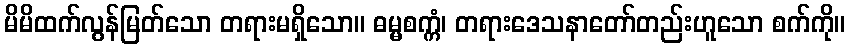
မိမိထက်လွန်မြတ်သော တရားမရှိသော။ ဓမ္မစက္ကံ၊ တရားဒေသနာတော်တည်းဟူသော စက်ကို။